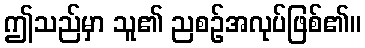
ဤသည်မှာ သူ၏ ညစဉ်အလုပ်ဖြစ်၏။